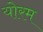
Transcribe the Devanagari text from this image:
योरम